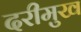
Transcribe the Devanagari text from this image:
दरीमुख